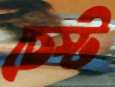
চেস্ট